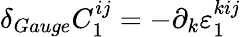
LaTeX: \delta_{Gauge}C_{1}^{ij}=-\partial_{k}\varepsilon_{1}^{kij}